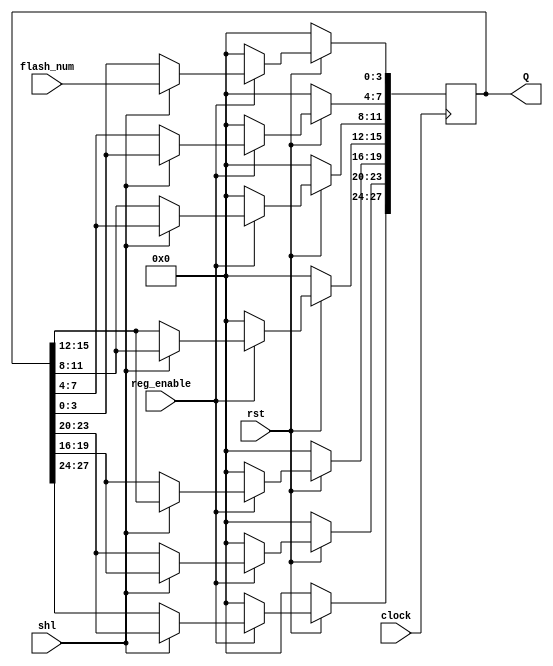
//MISSION-V
//shift register for 28 bit sequence storage
module shift_reg_28(flash_num,reg_enable,shl,Q,clock,rst);
 input shl,reg_enable,rst,clock;
 input [3:0] flash_num;
 output [27:0] Q;
 reg [27:0] R;

always @(posedge clock)
begin
 if(rst==0)
 R<=28'b0;
 else if (reg_enable==1)
 begin
  if(shl==1)
  begin
  R[3:0]<=flash_num;
  R[7:4]<=R[3:0];
  R[11:8]<=R[7:4];
  R[15:12]<=R[11:8];
  R[19:16]<=R[15:12];
  R[23:20]<=R[19:16];
  R[27:24]<=R[23:20];
  end
  else R<=R;
 end
 else R<=28'b0;
end
assign Q=R; 
endmodule